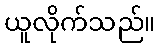
ယူလိုက်သည်။